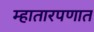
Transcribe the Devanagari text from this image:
म्हातारपणात